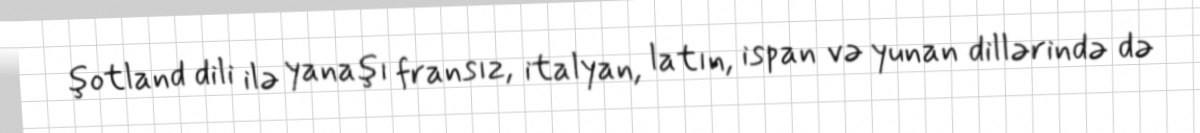
şotland dili ilə yanaşı fransız, italyan, latın, ispan və yunan dillərində də